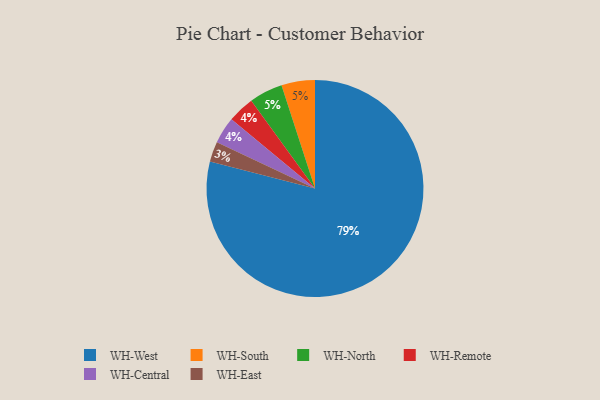
{"axis": {"x": "Category", "y": "Percentage"}, "legend": ["WH-Central", "WH-East", "WH-North", "WH-Remote", "WH-South", "WH-West"], "data": [{"x": "WH-Remote", "y": 4, "type": "WH-Remote"}, {"x": "WH-West", "y": 79, "type": "WH-West"}, {"x": "WH-East", "y": 3, "type": "WH-East"}, {"x": "WH-Central", "y": 4, "type": "WH-Central"}, {"x": "WH-South", "y": 5, "type": "WH-South"}, {"x": "WH-North", "y": 5, "type": "WH-North"}]}